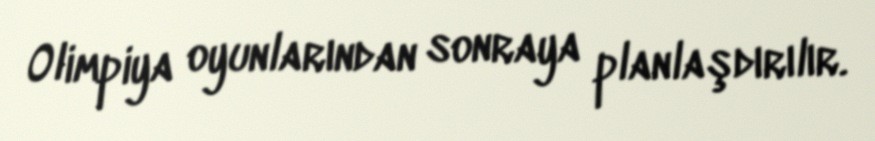
Olimpiya oyunlarından sonraya planlaşdırılır.